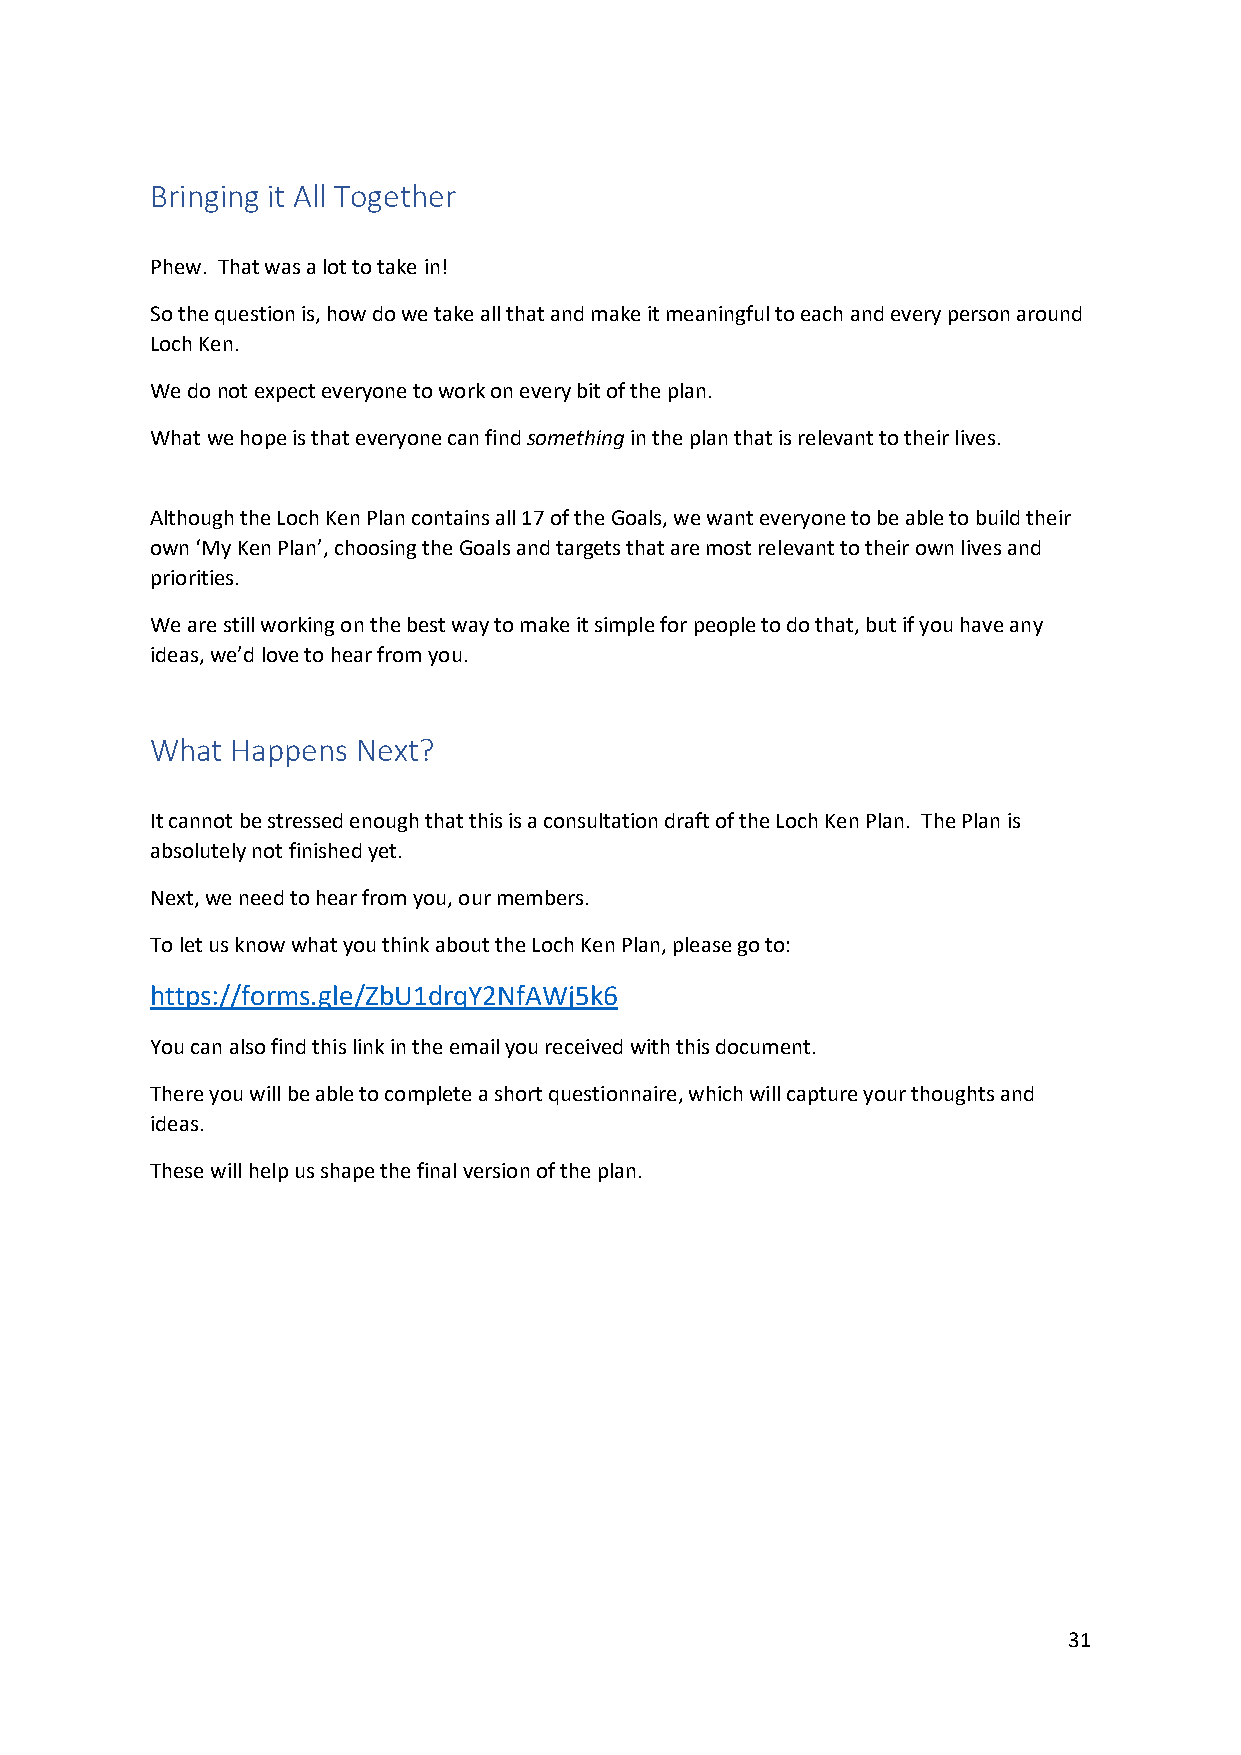
Bringing it All Together
 Phew. That was a lot to take in!
 So the question is, how do we take all that and make it meaningful to each and every person around
 Loch Ken.
 We do not expect everyone to work on every bit of the plan.
 What we hope is that everyone can find something in the plan that is relevant to their lives.
 Although the Loch Ken Plan contains all 17 of the Goals, we want everyone to be able to build their
 own ‘My Ken Plan’, choosing the Goals and targets that are most relevant to their own lives and
 priorities.
 We are still working on the best way to make it simple for people to do that, but if you have any
 ideas, we’d love to hear from you.
 What Happens  Next?
 It cannot be stressed enough that this is a consultation draft of the Loch Ken Plan. The Plan is
 absolutely not finished yet.
 Next, we need to hear from you, our members.
 To let us know what you think about the Loch Ken Plan, please go to:
 https://forms.gle/ZbU1drqY2NfAWj5k6
 You can also find this link in the email you received with this document.
 There you will be able to complete a short questionnaire, which will capture your thoughts and
 ideas.
 These will help us shape the final version of the plan.
 31